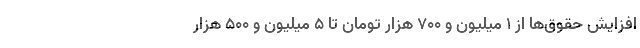
افزایش حقوق‌ها از ۱ میلیون و ۷۰۰ هزار تومان تا ۵ میلیون و ۵۰۰ هزار